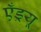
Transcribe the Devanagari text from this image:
एँड्रयू